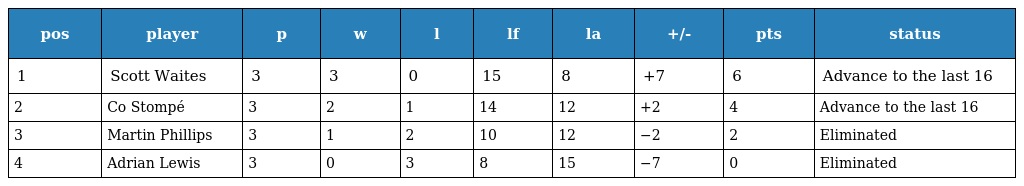
| pos | player | p | w | l | lf | la | +/- | pts | status |
 | --- | --- | --- | --- | --- | --- | --- | --- | --- | --- |
 | 1 | Scott Waites | 3 | 3 | 0 | 15 | 8 | +7 | 6 | Advance to the last 16 |
 | 2 | Co Stompé | 3 | 2 | 1 | 14 | 12 | +2 | 4 | Advance to the last 16 |
 | 3 | Martin Phillips | 3 | 1 | 2 | 10 | 12 | −2 | 2 | Eliminated |
 | 4 | Adrian Lewis | 3 | 0 | 3 | 8 | 15 | −7 | 0 | Eliminated |